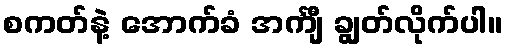
စကတ်နဲ့ အောက်ခံ အင်္ကျီ ချွတ်လိုက်ပါ။